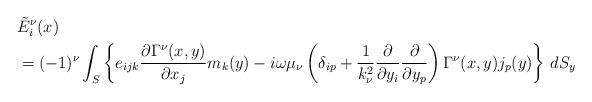
LaTeX: \begin{align*} &\tilde{E}^{\nu}_i(x)\\ &=(-1)^\nu \int_{S} \left\{e_{ijk} \frac{\partial \Gamma^{\nu}(x,y)}{\partial x_j} m_k(y) -i\omega \mu_{\nu} \left(\delta_{ip}+\frac{1}{k^2_{\nu}}\frac{\partial}{\partial y_i}\frac{\partial}{\partial y_p}\right)\Gamma^{\nu}(x,y)j_p(y) \right\}\, dS_y\end{align*}